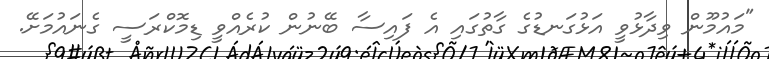
"މައުމޫން ވިދާޅުވީ އަޅުގަނޑުގެ ގާތުގައި އެ ފައިސާ ބޭނުން ކުރެއްވީ ޑިމޮކްރަސީ ގެނައުމަށޭ.